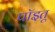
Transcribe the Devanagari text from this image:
पॉइतू